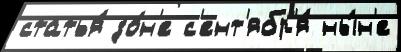
статья́ зо́н'е с'ент'ябр'я́ ны́н'е